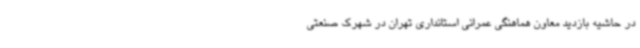
در حاشیه بازدید معاون هماهنگی عمرانی استانداری تهران در شهرک صنعتی